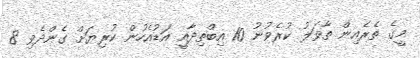
މީގެ ތެރެއިން ތާވަލު ކުރެވުނު 10 އިބްތިދާއީ އަޑުއެހުން ކުރިޔަށް ގެންދެވި 8